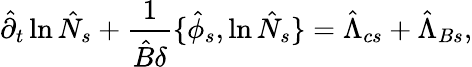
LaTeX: \hat{\partial}_{t}\ln\hat{N}_{s}+\frac{1}{\hat{B}\delta}\{ \hat{\phi}_{s},\ln\hat{N}_{s}\} =\hat{\Lambda}_{cs}+\hat{\Lambda}_{Bs},